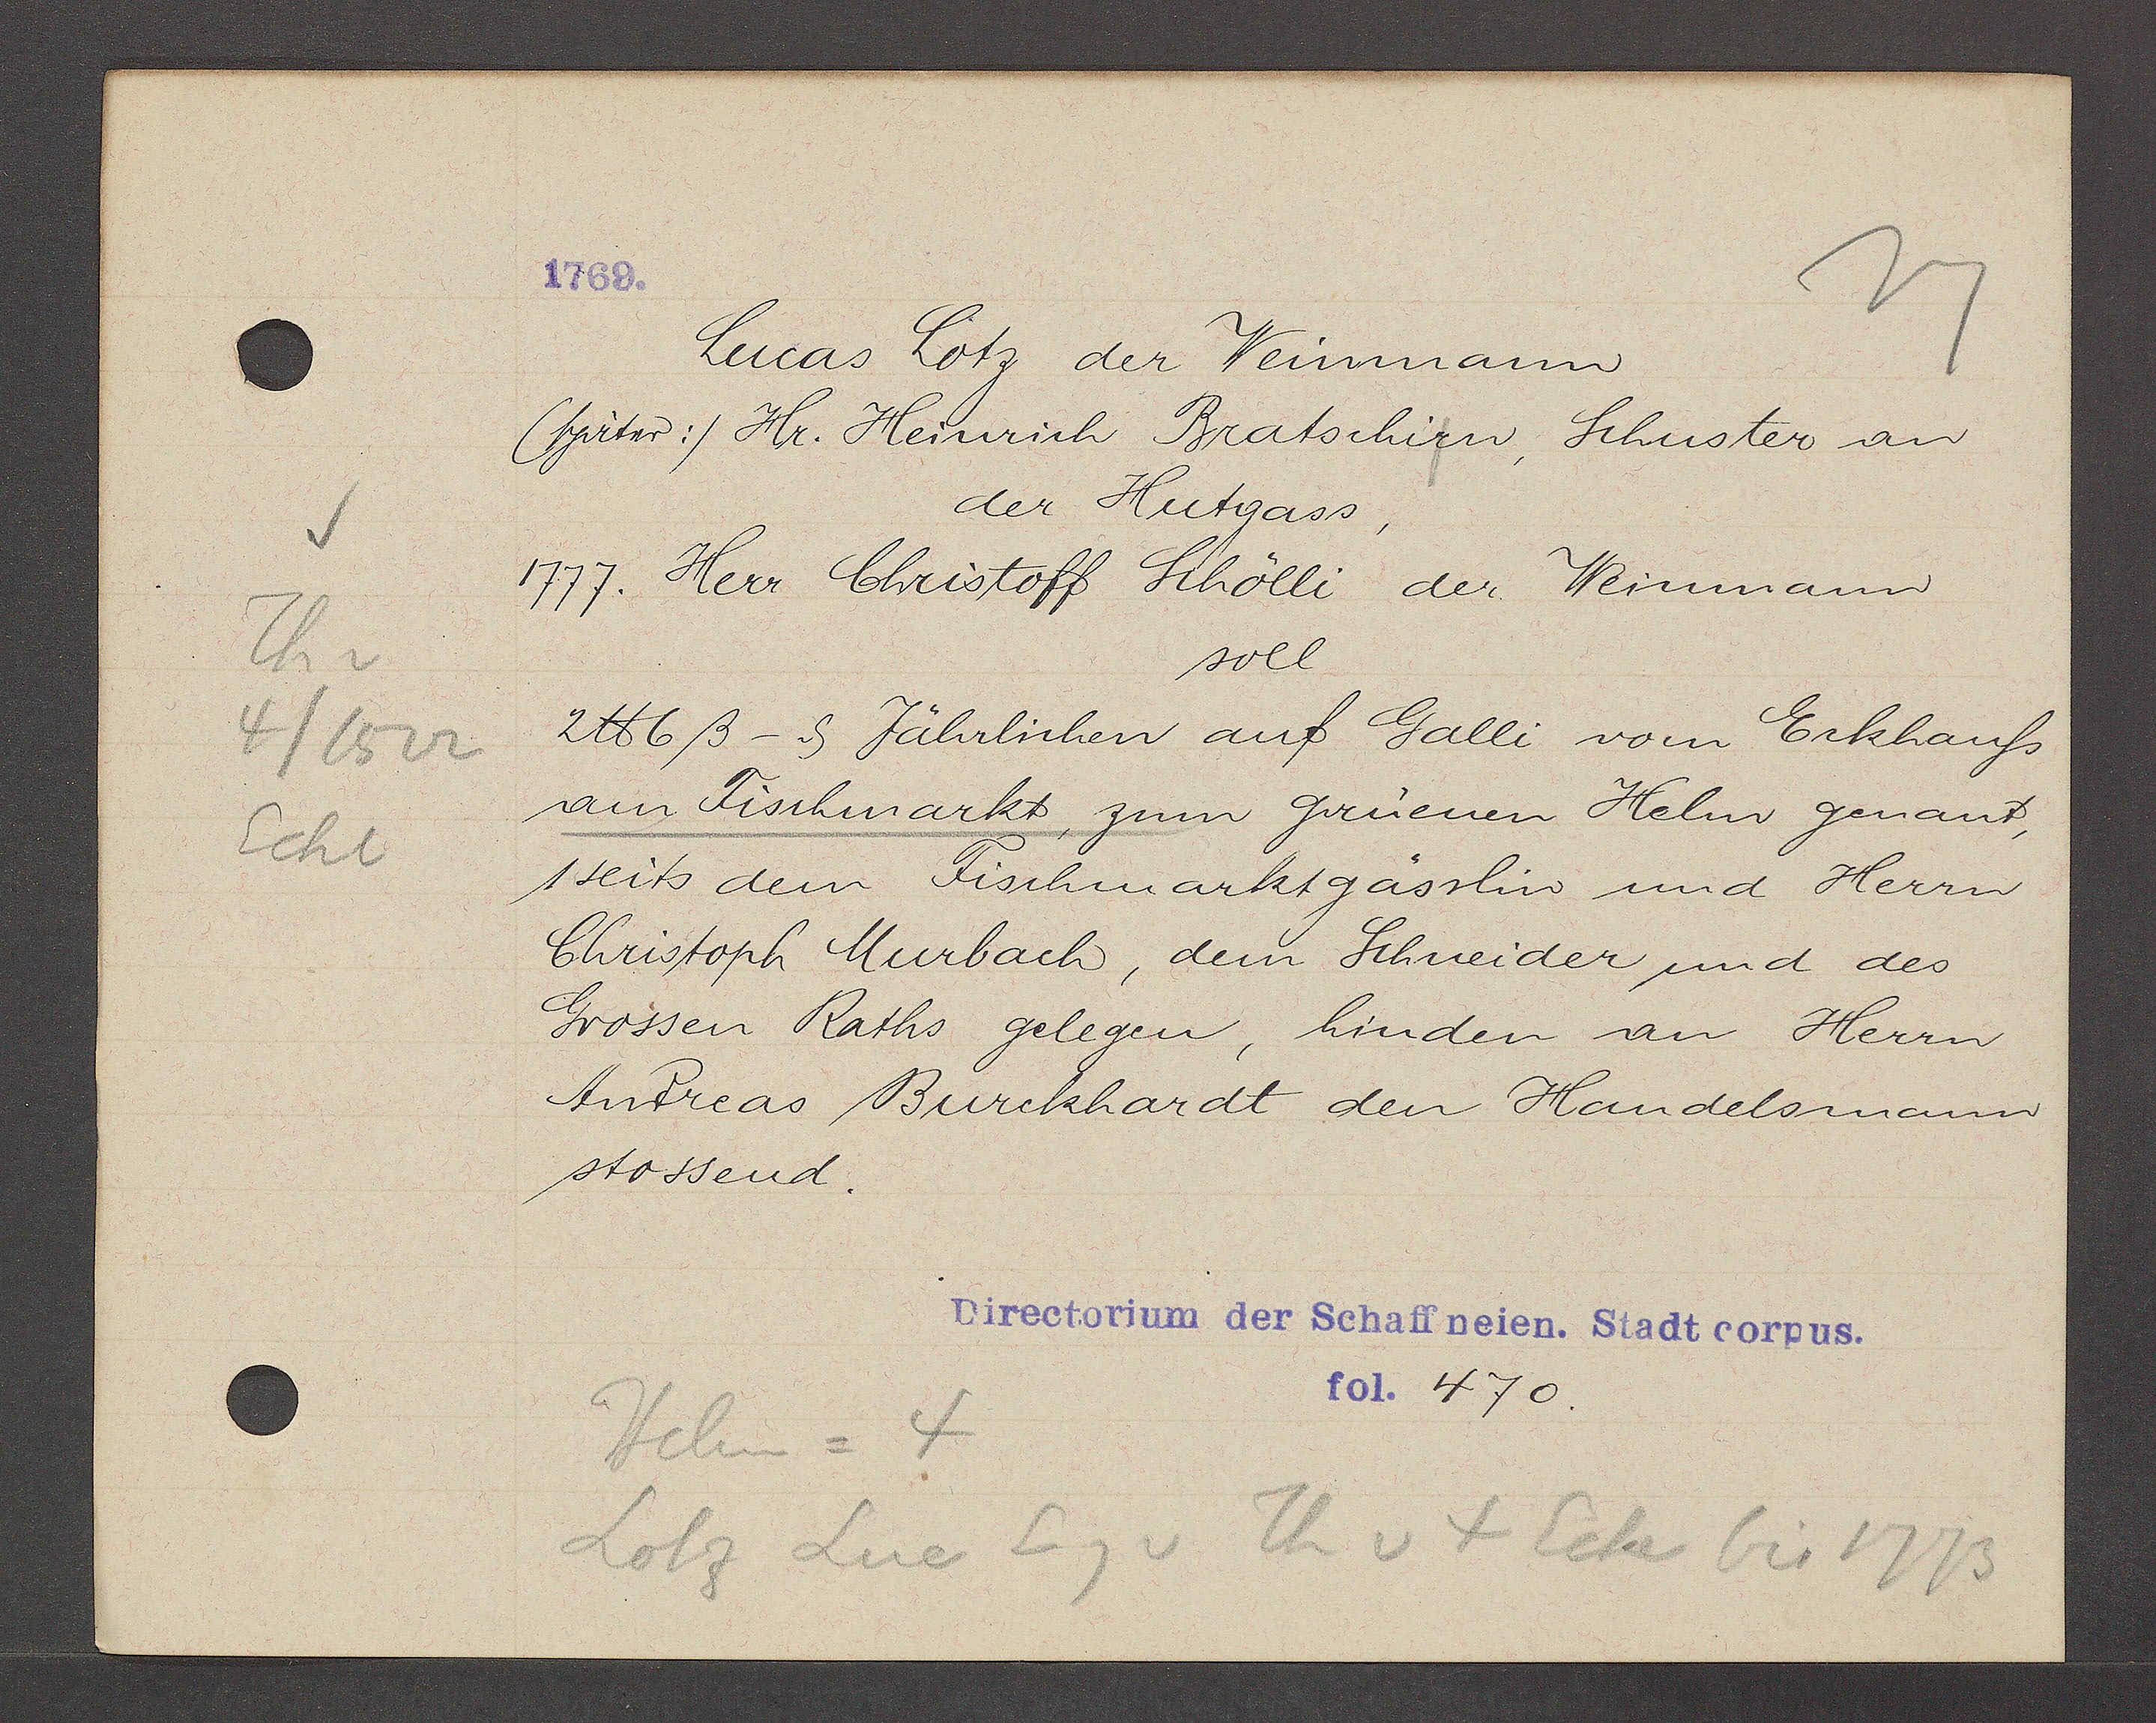
Transcript:
Th v
4/1522
Ecke

1769.

Lucas Lotz der Weinmann
(später:) Hr. Heinrich Bratschirn, Schuster an
der Hutgass,
1777. Herr Christoff Schölli der Weinmann
soll
2℔ 6ß - ȡ Jährlichen auf Galli vom Eckhauss
am Fischmarkt zum grüenen Helm genant,
1seits dem Fischmarktgässlin und Herrn
Christoph Murbach, dem Schneider und des
Grossen Raths gelegen, hinden an Herrn
Andreas Burckhardt den Handelsmann,
stossend.

Directorium der Schaffneien. Stadt corpus.
fol. 470.

Helm = 4
Lotz Luc Eig v Th v 4 Ecke bis 1773